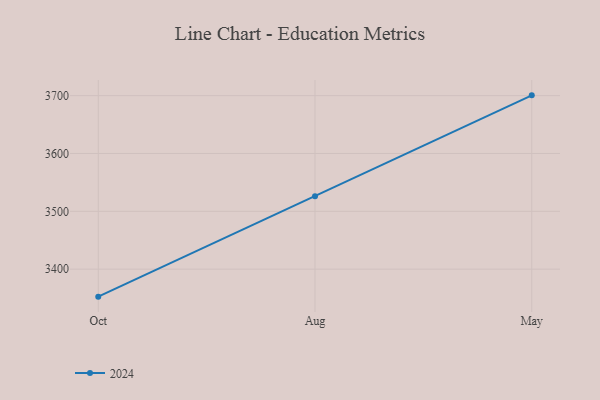
{"axis": {"x": "Month", "y": "Tickets Resolved"}, "legend": ["2024"], "data": [{"x": "Oct", "y": 3352.5, "type": "2024"}, {"x": "Aug", "y": 3525.9, "type": "2024"}, {"x": "May", "y": 3700.5, "type": "2024"}]}